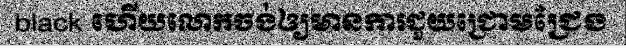
black ហើយលោកចង់ឲ្យមានការជួយជ្រោមជ្រែង